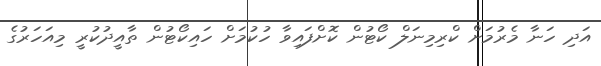
އަދި ހަނާ މެރުމަށް ކްރިމިނަލް ކޯޓުން ކޮށްފައިވާ ހުކުމަށް ހައިކޯޓުން ތާއީދުކުރީ މިއަހަރުގެ